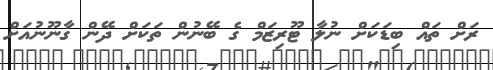
ރަށް ތައް ބިޑަކަށް ނުލާ ޓޫރިޒަމް ގެ ބޭނުން ތަކަށް ދޭން ގާނޫނުއަށް